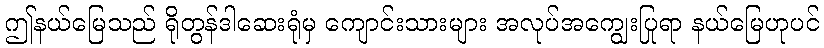
ဤနယ်မြေသည် ရိုတွန်ဒါဆေးရုံမှ ကျောင်းသားများ အလုပ်အကျွေးပြုရာ နယ်မြေဟုပင်